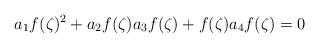
LaTeX: \begin{align*} a_1f(\zeta)^2 +a_2f(\zeta)a_3f(\zeta)+f(\zeta)a_4f(\zeta)=0\end{align*}